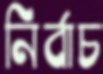
নির্বাচ